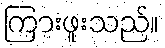
ကြားဖူးသည်။